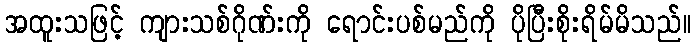
အထူးသဖြင့် ကျားသစ်ဂိုဏ်းကို ရောင်းပစ်မည်ကို ပိုပြီးစိုးရိမ်မိသည်။